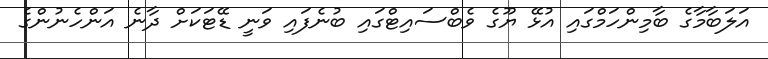
އަލަބާމާގެ ބާމިންހަމްގައި އުޅޭ ޔޫގެ ވެބްސައިޓްގައި ބުނެފައި ވަނީ ޑޭޓަކަށް ދާނެ އަންހެނުންގެ